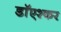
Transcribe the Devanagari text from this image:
डाॅएश्कर